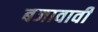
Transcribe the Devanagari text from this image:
बजावावी